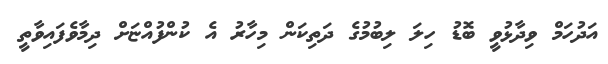
އަދުހަމް ވިދާޅުވީ ބޮޑު ހިލަ ލިބުމުގެ ދަތިކަން މިހާރު އެ ކުންފުއްޏަށް ދިމާވެފައިވާތީ